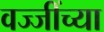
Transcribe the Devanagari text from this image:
वज्जींच्या